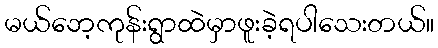
မယ်ဘေ့ကုန်းရွာထဲမှာဖူးခဲ့ရပါသေးတယ်။